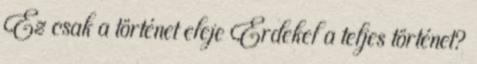
Ez csak a történet eleje Érdekel a teljes történet?